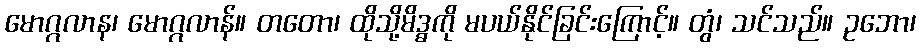
မောဂ္ဂလာန၊ မောဂ္ဂလာန်။ တတော၊ ထိုသို့မိဒ္ဓကို မပယ်နိုင်ခြင်းကြောင့်။ တွံ၊ သင်သည်။ ဥဘော၊